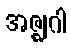
အဇ္ဈဂါ